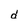
Character: d